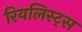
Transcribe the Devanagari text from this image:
रियलिस्ट्स